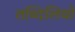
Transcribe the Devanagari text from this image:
तब्दिलियों